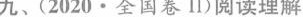
九、(2020·全国卷Ⅱ)阅读理解